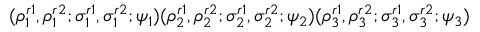
( \rho _ { 1 } ^ { r 1 } , \rho _ { 1 } ^ { r 2 } ; \sigma _ { 1 } ^ { r 1 } , \sigma _ { 1 } ^ { r 2 } ; \psi _ { 1 } ) ( \rho _ { 2 } ^ { r 1 } , \rho _ { 2 } ^ { r 2 } ; \sigma _ { 2 } ^ { r 1 } , \sigma _ { 2 } ^ { r 2 } ; \psi _ { 2 } ) ( \rho _ { 3 } ^ { r 1 } , \rho _ { 3 } ^ { r 2 } ; \sigma _ { 3 } ^ { r 1 } , \sigma _ { 3 } ^ { r 2 } ; \psi _ { 3 } )